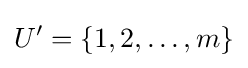
U'=\{1,2,\ldots ,m\}